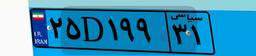
۱۸D۳۱۶۰۵